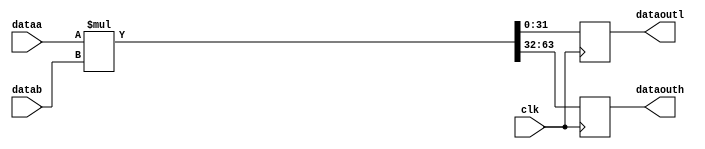
// Quartus II Verilog Template
// Unsigned multiply with input and output registers

module multiplier
#(parameter WIDTH=32)
(
	input clk,
	input [WIDTH-1:0] dataa,
	input [WIDTH-1:0] datab,
	output reg [WIDTH-1:0] dataoutl,
	output reg [WIDTH-1:0] dataouth
);

	// Declare input and output registers
	wire [2*WIDTH-1:0] mult_out;
	assign mult_out = dataa * datab;
	
	// Update data
	always @ (posedge clk)
	begin
		dataoutl <= mult_out[WIDTH-1:0];
		dataouth <= mult_out[2*WIDTH-1:WIDTH];
	end

endmodule